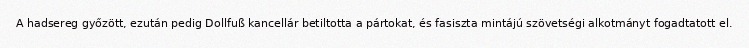
A hadsereg győzött, ezután pedig Dollfuß kancellár betiltotta a pártokat, és fasiszta mintájú szövetségi alkotmányt fogadtatott el.